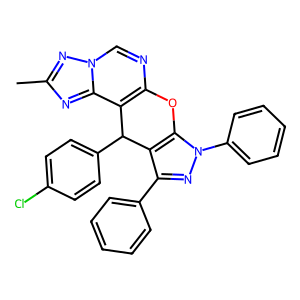
SMILES: Cc1nc2c3c(ncn2n1)Oc1c(c(-c2ccccc2)nn1-c1ccccc1)C3c1ccc(Cl)cc1
Inhibits HIV replication: No